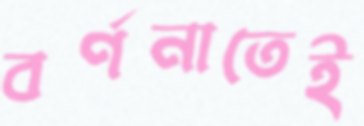
বর্ণনাতেই